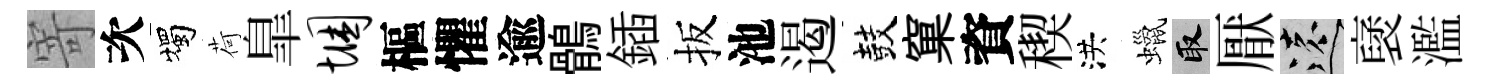
寄次燭荷臯悃樞懼逾鶻鍤扳池遏鼓窠資稧洪蠟取厭遠裦濫